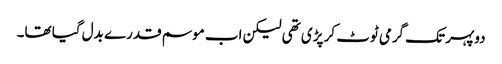
دوپہر تک گرمی ٹوٹ کر پڑی تھی لیکن اب موسم قدرے بدل گیا تھا۔